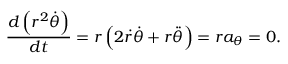
{ \frac { d \left( r ^ { 2 } { \dot { \theta } } \right) } { d t } } = r \left( 2 { \dot { r } } { \dot { \theta } } + r { \ddot { \theta } } \right) = r a _ { \theta } = 0 .